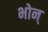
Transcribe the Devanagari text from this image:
भोन्